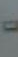
-